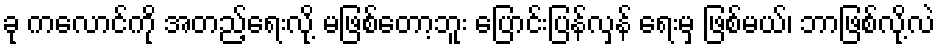
ခု ကလောင်ကို အတည့်ရေးလို့ မဖြစ်တော့ဘူး ပြောင်းပြန်လှန် ရေးမှ ဖြစ်မယ်၊ ဘာဖြစ်လို့လဲ